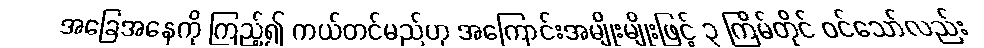
အခြေအနေကို ကြည့်၍ ကယ်တင်မည်ဟု အကြောင်းအမျိုးမျိုးဖြင့် ၃ ကြိမ်တိုင် ဝင်သော်လည်း